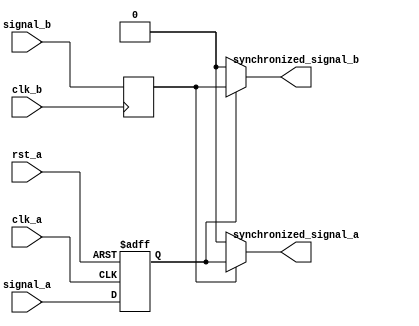
module pulse_synchronizer (
    input wire clk_a,
    input wire rst_a,
    input wire signal_a,
    input wire clk_b,
    input wire signal_b,
    output reg synchronized_signal_a,
    output reg synchronized_signal_b
);

reg synchronized_a_delayed;
reg synchronized_b_delayed;

always @(posedge clk_a or negedge rst_a) begin
    if (~rst_a) begin
        synchronized_a_delayed <= 1'b0;
    end else begin
        synchronized_a_delayed <= signal_a;
    end
end

always @(posedge clk_b) begin
    synchronized_b_delayed <= signal_b;
end

always @* begin
    if (synchronized_b_delayed) begin
        synchronized_signal_a = synchronized_a_delayed;
    end else begin
        synchronized_signal_a = 1'b0;
    end
    
    if (synchronized_a_delayed) begin
        synchronized_signal_b = synchronized_b_delayed;
    end else begin
        synchronized_signal_b = 1'b0;
    end
end

endmodule